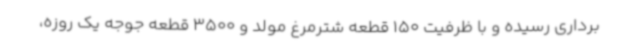
برداری رسیده و با ظرفیت 150 قطعه شترمرغ مولد و 3500 قطعه جوجه یک روزه،